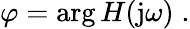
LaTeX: \varphi=\arg H(\mathrm{j}\omega)\; .